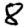
Digit: 8